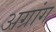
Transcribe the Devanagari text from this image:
अग्रांग